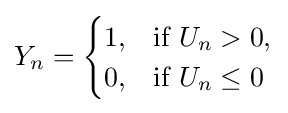
Y_{n}={\begin{cases}1,&{\text{if }}U_{n}>0,\\0,&{\text{if }}U_{n}\leq 0\end{cases}}